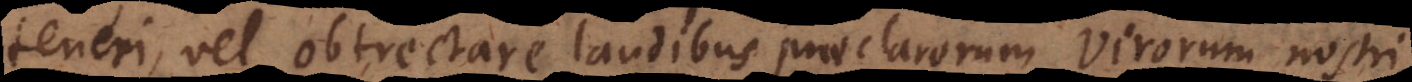
teneri, vel obtrectare laudibus praeclarorum virorum nostri